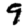
Digit: 9